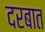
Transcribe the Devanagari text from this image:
दरबात